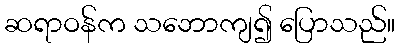
ဆရာဝန်က သဘောကျ၍ ပြောသည်။